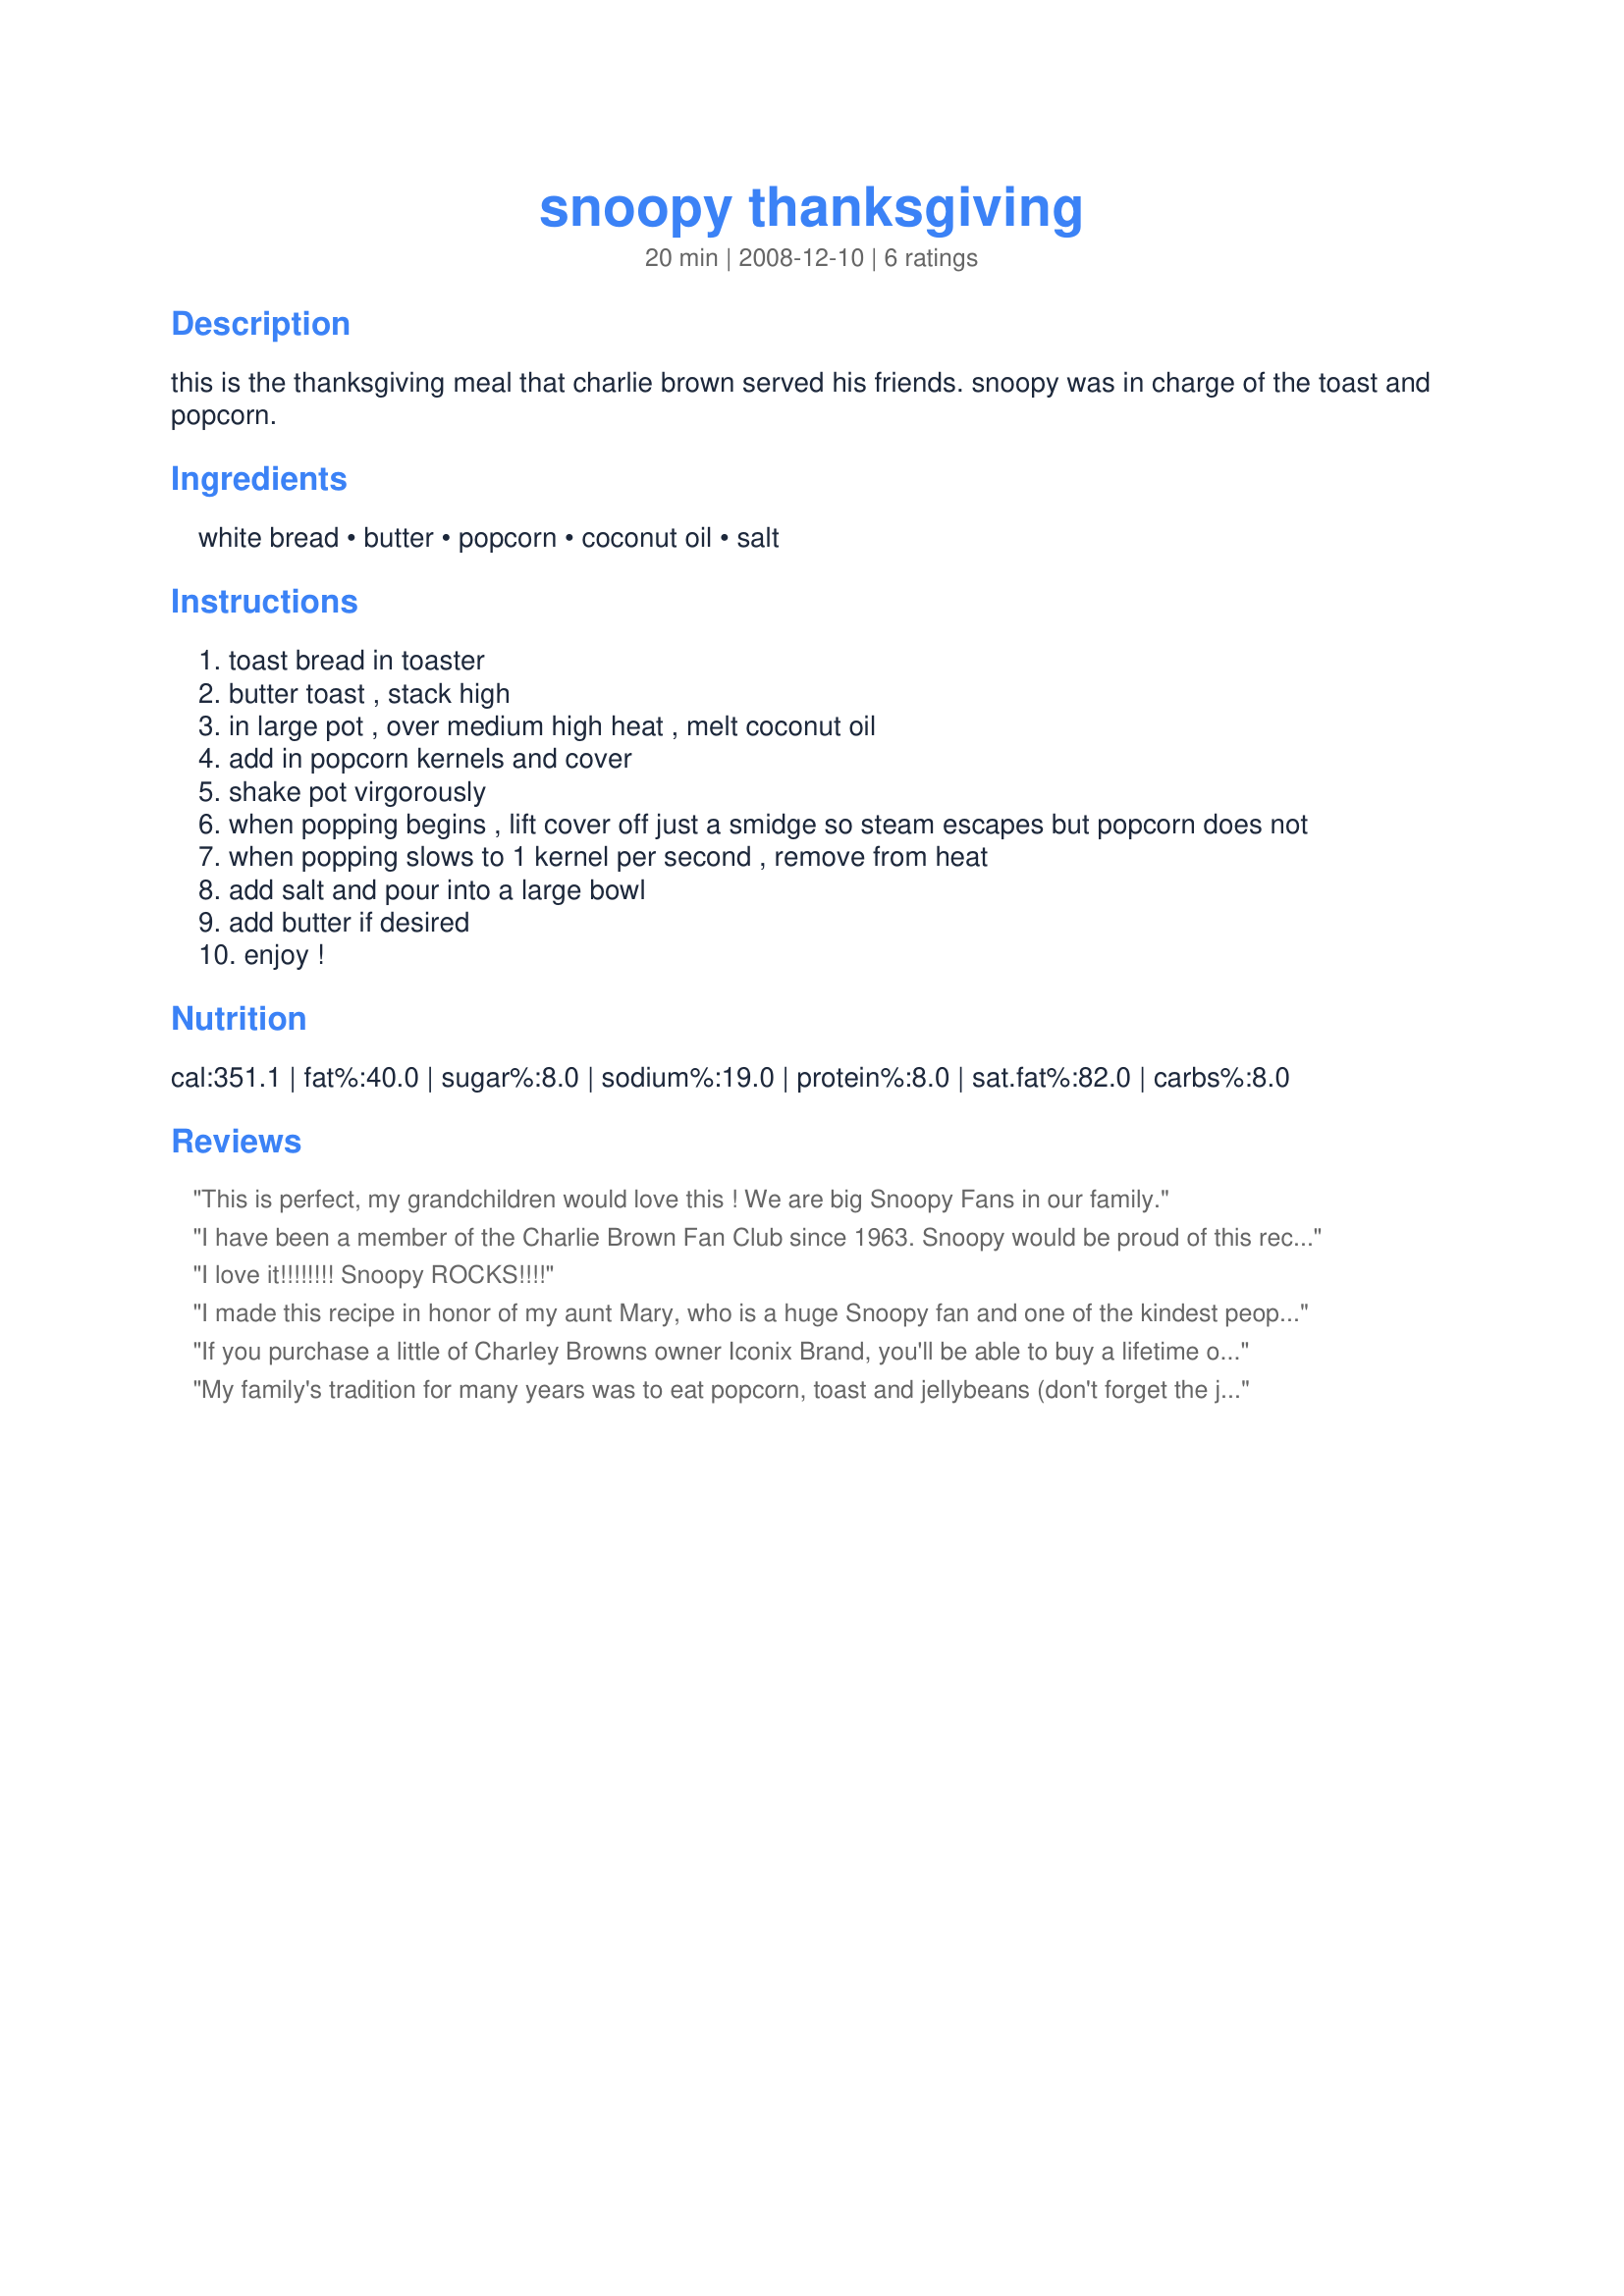
snoopy thanksgiving
Preparation time: 20 minutes

this is the thanksgiving meal that charlie brown served his friends. snoopy was in charge of the toast and popcorn.

Ingredients:
white bread, butter, popcorn, coconut oil, salt

Steps:
toast bread in toaster
butter toast , stack high
in large pot , over medium high heat , melt coconut oil
add in popcorn kernels and cover
shake pot virgorously
when popping begins , lift cover off just a smidge so steam escapes but popcorn does not
when popping slows to 1 kernel per second , remove from heat
add salt and pour into a large bowl
add butter if desired
enjoy !

Reviews:
This is perfect, my grandchildren would love this ! We are big Snoopy Fans in our family.
I have been a member of the Charlie Brown Fan Club since 1963. Snoopy would be proud of this recipe! Yumbo!
I love it!!!!!!!! Snoopy ROCKS!!!!
I made this recipe in honor of my aunt Mary, who is a huge Snoopy fan and one of the kindest people you'd ever meet. I made half of the recipe and enjoyed popping popcorn the "real way". Thanks for sharing this - everyone needs a little Snoopy in their life! Made for Spring PAC 2009
If you purchase a little of Charley Browns owner Iconix Brand, you'll be able to buy a lifetime of popcorn with the profits!!!
My family's tradition for many years was to eat popcorn, toast and jellybeans (don't forget the jellybeans!) while watching the Charlie Brown Thanksgiving...now my husband and I do this. :-) My husband is very tolerant of my silly quirks. ;-) Thank you for posting this delightful menu for posterity, Snoopy Chef!
